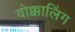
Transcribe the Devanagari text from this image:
वोक्कालिंग